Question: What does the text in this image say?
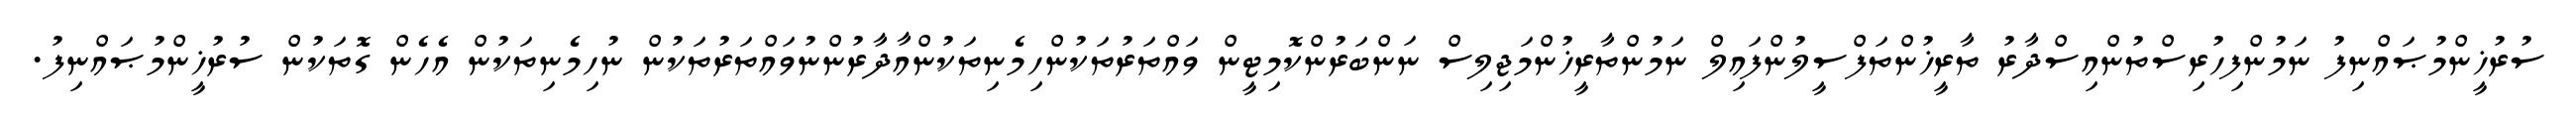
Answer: ސުރުޚީންމުޞައްނިފު ނަމުންފިހުރިސްތުންއިސްދާރު ތާރީޚުންތަފްސީލުންފައިލް ނަމުންތާރީޚުންމަޖިލިސް ނަންބަރުންކޮމިޓީން ވައްތަރުތަކުންހިމެނިތަކުންއާދާރުންނުވައްތަރުތަކުން ނުހިމެނިތަކުން އެހެން ގޮތަކުން ސުރުޚީންމުޞައްނިފު.